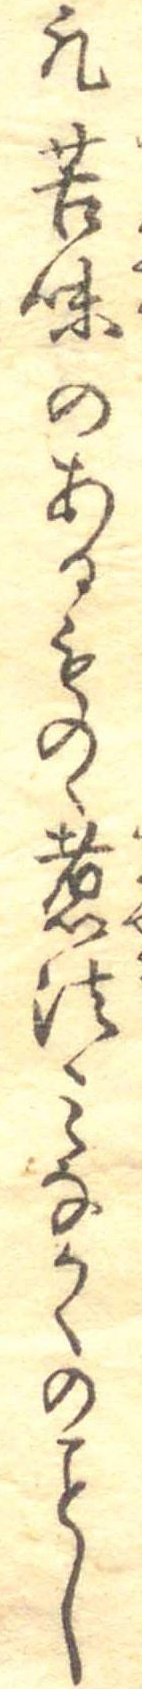
凡苦味のあるものゝ煮法みなかくのし